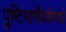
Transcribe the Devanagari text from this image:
पुष्टिमार्गीयवैष्णवों